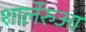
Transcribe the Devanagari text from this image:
शार्लेरुआ